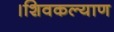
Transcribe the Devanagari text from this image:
।शिवकल्याण